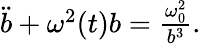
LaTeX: \begin{array}{r}{\ddot{b}+\omega^{2}(t)b=\frac{\omega_{0}^{2}}{b^{3}}.}\end{array}